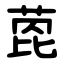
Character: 萞